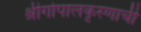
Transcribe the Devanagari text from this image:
श्रीगोपालकृस्णाची